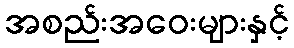
အစည်းအဝေးများနှင့်